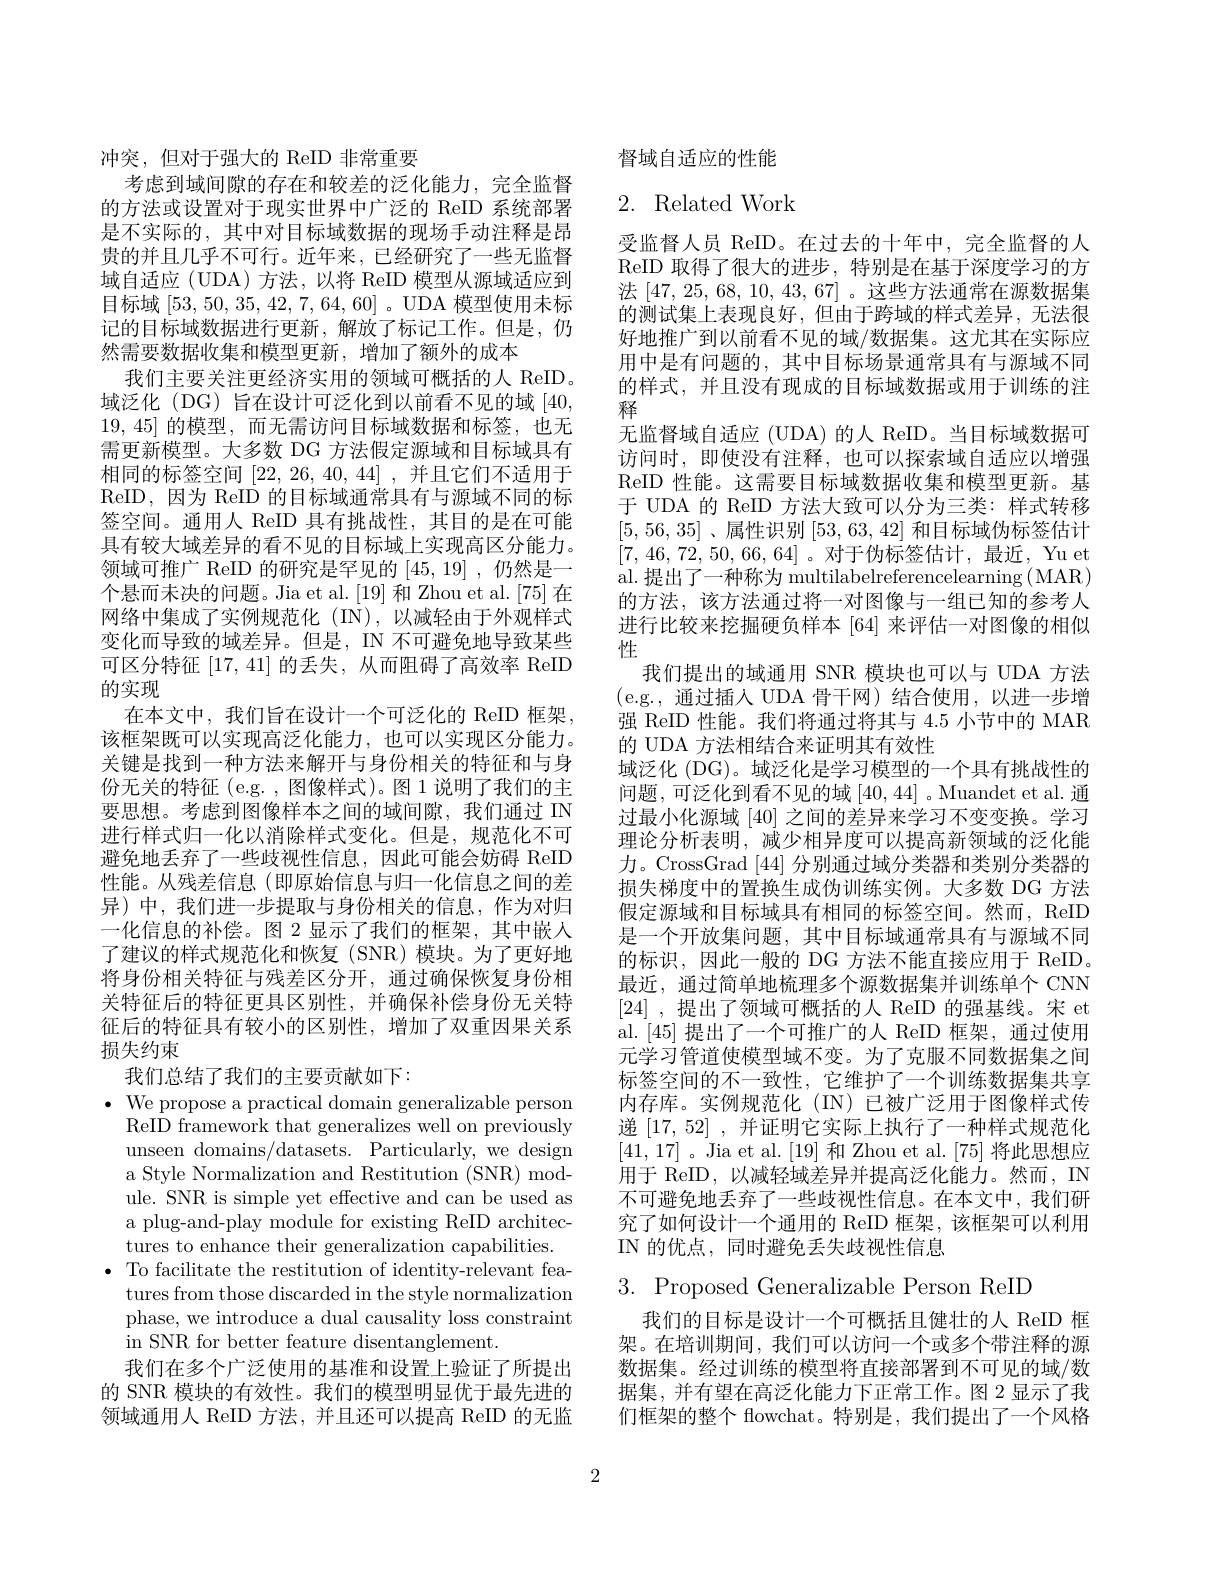
冲突，但对于强大的 ReID 非常重要
考虑到域间隙的存在和较差的泛化能力，完全监督的方法或设置对于现实世界中广泛的 ReID 系统部署是不实际的，其中对目标域数据的现场手动注释是昂贵的并且几乎不可行。近年来，已经研究了一些无监督域自适应 (UDA) 方法，以将 ReID 模型从源域适应到目标域[53,50,35,42,7,64,60] 。UDA 模型使用未标记的目标域数据进行更新，解放了标记工作。但是，仍然需要数据收集和模型更新，增加了额外的成本
我们主要关注更经济实用的领域可概括的人 ReID。域泛化 (DG) 旨在设计可泛化到以前看不见的域[40, 19,45]的模型，而无需访问目标域数据和标签，也无需更新模型。大多数 DG 方法假定源域和目标域具有相同的标签空间[22,26,40,44],并且它们不适用于ReID,因为 ReID 的目标域通常具有与源域不同的标签空间。通用人 ReID 具有挑战性，其目的是在可能具有较大域差异的看不见的目标域上实现高区分能力。领域可推广 RelD 的栅究是华见的|45,19| ,仍然是一个悬而未决的问题。Jia et al.[19] 和 Zhou et al.[75] 在网络中集成了实例规范化(IN),以减轻由于外观样式变化而导致的域差异。但是，IN 不可避免地导致某些可区分特征[17,41]的丢失，从而阻碍了高效率 ReID 的实现
在本文中，我们旨在设计一个可泛化的 ReID 框架， 该框架既可以实现高泛化能力，也可以实现区分能力。关键是找到一种方法来解开与身份相关的特征和与身份无关的特征(e.g.,图像样式)。图 1 说明了我们的主要思想。考虑到图像样本之间的域间隙，我们通过 IN 进行样式归一化以消除样式变化。但是，规范化不可避免地丢弃了一些歧视性信息，因此可能会妨碍 ReID 性能。从残差信息(即原始信息与归一化信息之间的差异)中，我们进一步提取与身份相关的信息，作为对归一化信息的补偿。图 2 显示了我们的框架，其中嵌人了建议的样式规范化和恢复(SNR)模块。为了更好地将身份相关特征与残差区分开，通过确保恢复身份相关特征后的特征更具区别性，并确保补偿身份无关特征后的特征具有较小的区别性，增加了双重因果关系损失约束
我们总结了我们的主要贡献如下：
$\bullet$ We propose a practical domain generalizable person
ReID framework that generalizes well on previously unseen domains/datasets. Particularly, we design a Style Normalization and Restitution (SNR) module. SNR is simple yet effective and can be used as a plug-and-play module for existing ReID architectures to enhance their generalization capabilities.
$\bullet$ To facilitate the restitution of identity-relevant fea-
tures from those discarded in the style normalization phase, we introduce a dual causality loss constraint in SNR for better feature disentanglement.
我们在多个广泛使用的基准和设置上验证了所提出的 SNR 模块的有效性。我们的模型明显优于最先进的领域通用人 ReID 方法，并且还可以提高 ReID 的无监

督域自适应的性能

# 2. Related Work

受监督人员 ReID。在过去的十年中，完全监督的人ReID 取得了很大的进步，特别是在基于深度学习的方法[47,25,68,10,43,67] 。这些方法通常在源数据集的测试集上表现良好，但由于跨域的样式差异，无法很好地推广到以前看不见的域/数据集。这尤其在实际应用中是有问题的，其中目标场景通常具有与源域不同的样式，并且没有现成的目标域数据或用于训练的注释
无监督域自适应 (UDA) 的人 ReID。当目标域数据可访问时，即使没有注释，也可以探索域自适应以增强ReID 性能。这需要目标域数据收集和模型更新。基于 UDA 的 ReID 方法大致可以分为三类：样式转移[5,56,35]、属性识别[53,63,42]和目标域伪标签估计[7,46,72,50,66,64]。对于伪标签估计，最近，Yu et al. 提出了一种称为 multilabelreferencelearning (MAR) 的方法，该方法通过将一对图像与一组已知的参考人进行比较来挖掘硬负样本[64]来评估一对图像的相似性
我们提出的域通用 SNR 模块也可以与 UDA 方法(e.g.,通过插入 UDA 骨干网)结合使用，以进一步增强 ReID 性能。我们将通过将其与4.5小节中的 MAR 的 UDA 方法相结合来证明其有效性
域泛化 (DG)。域泛化是学习模型的一个具有挑战性的问题，可泛化到看不见的域[40,44]。Muandet et al. 通过最小化源域[40]之间的差异来学习不变变换。学习理论分析表明，减少相异度可以提高新领域的泛化能力。CrossGrad [44]分别通过域分类器和类别分类器的损失梯度中的置换生成伪训练实例。大多数 DG 方法假定源域和目标域具有相同的标签空间。然而，ReID 是一个开放集问题，其中目标域通常具有与源域不同的标识，因此一般的 DG 方法不能直接应用于 ReID。最近，通过简单地梳理多个源数据集并训练单个 CNN [24] ,提出了领域可概括的人 ReID 的强基线。宋 et al.[45]提出了一个可推广的人 ReID 框架，通过使用元学习管道使模型域不变。为了克服不同数据集之间标签空间的不一致性，它维护了一个训练数据集共享内存库。实例规范化(IN)已被广泛用于图像样式传递[17,52] ,并证明它实际上执行了一种样式规范化[41,17] 。Jia et al. [19] 和 Zhou et al. [75] 将此思想应$\dot{\text{用于 ReID,以减轻域差异并提高泛化能力。然而，IN}}$ 不可避免地丢弃了一些歧视性信息。在本文中，我们研究了如何设计一个通用的 ReID 框架，该框架可以利用IN 的优点，同时避免丢失歧视性信息
$3.{\mathrm{~Proposed~Generalizable~Person~ReID}}$

我们的目标是设计一个可概括且健壮的人 ReID 框架。在培训期间，我们可以访问一个或多个带注释的源数据集。经过训练的模型将直接部署到不可见的域/数据集，并有望在高泛化能力下正常工作。图 2 显示了我们框架的整个 flowchat。特别是，我们提出了一个风格

2